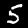
Label: 5